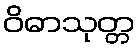
ဝိဓာသုတ္တ